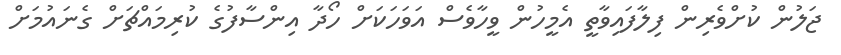
ޖަލުން ކުށްވެރިން ފިލާފައިވާތީ އެމީހުން ވީހާވެސް އަވަހަކަށް ހޯދާ އިންސާފުގެ ކުރިމައްޗަށް ގެނައުމަށް